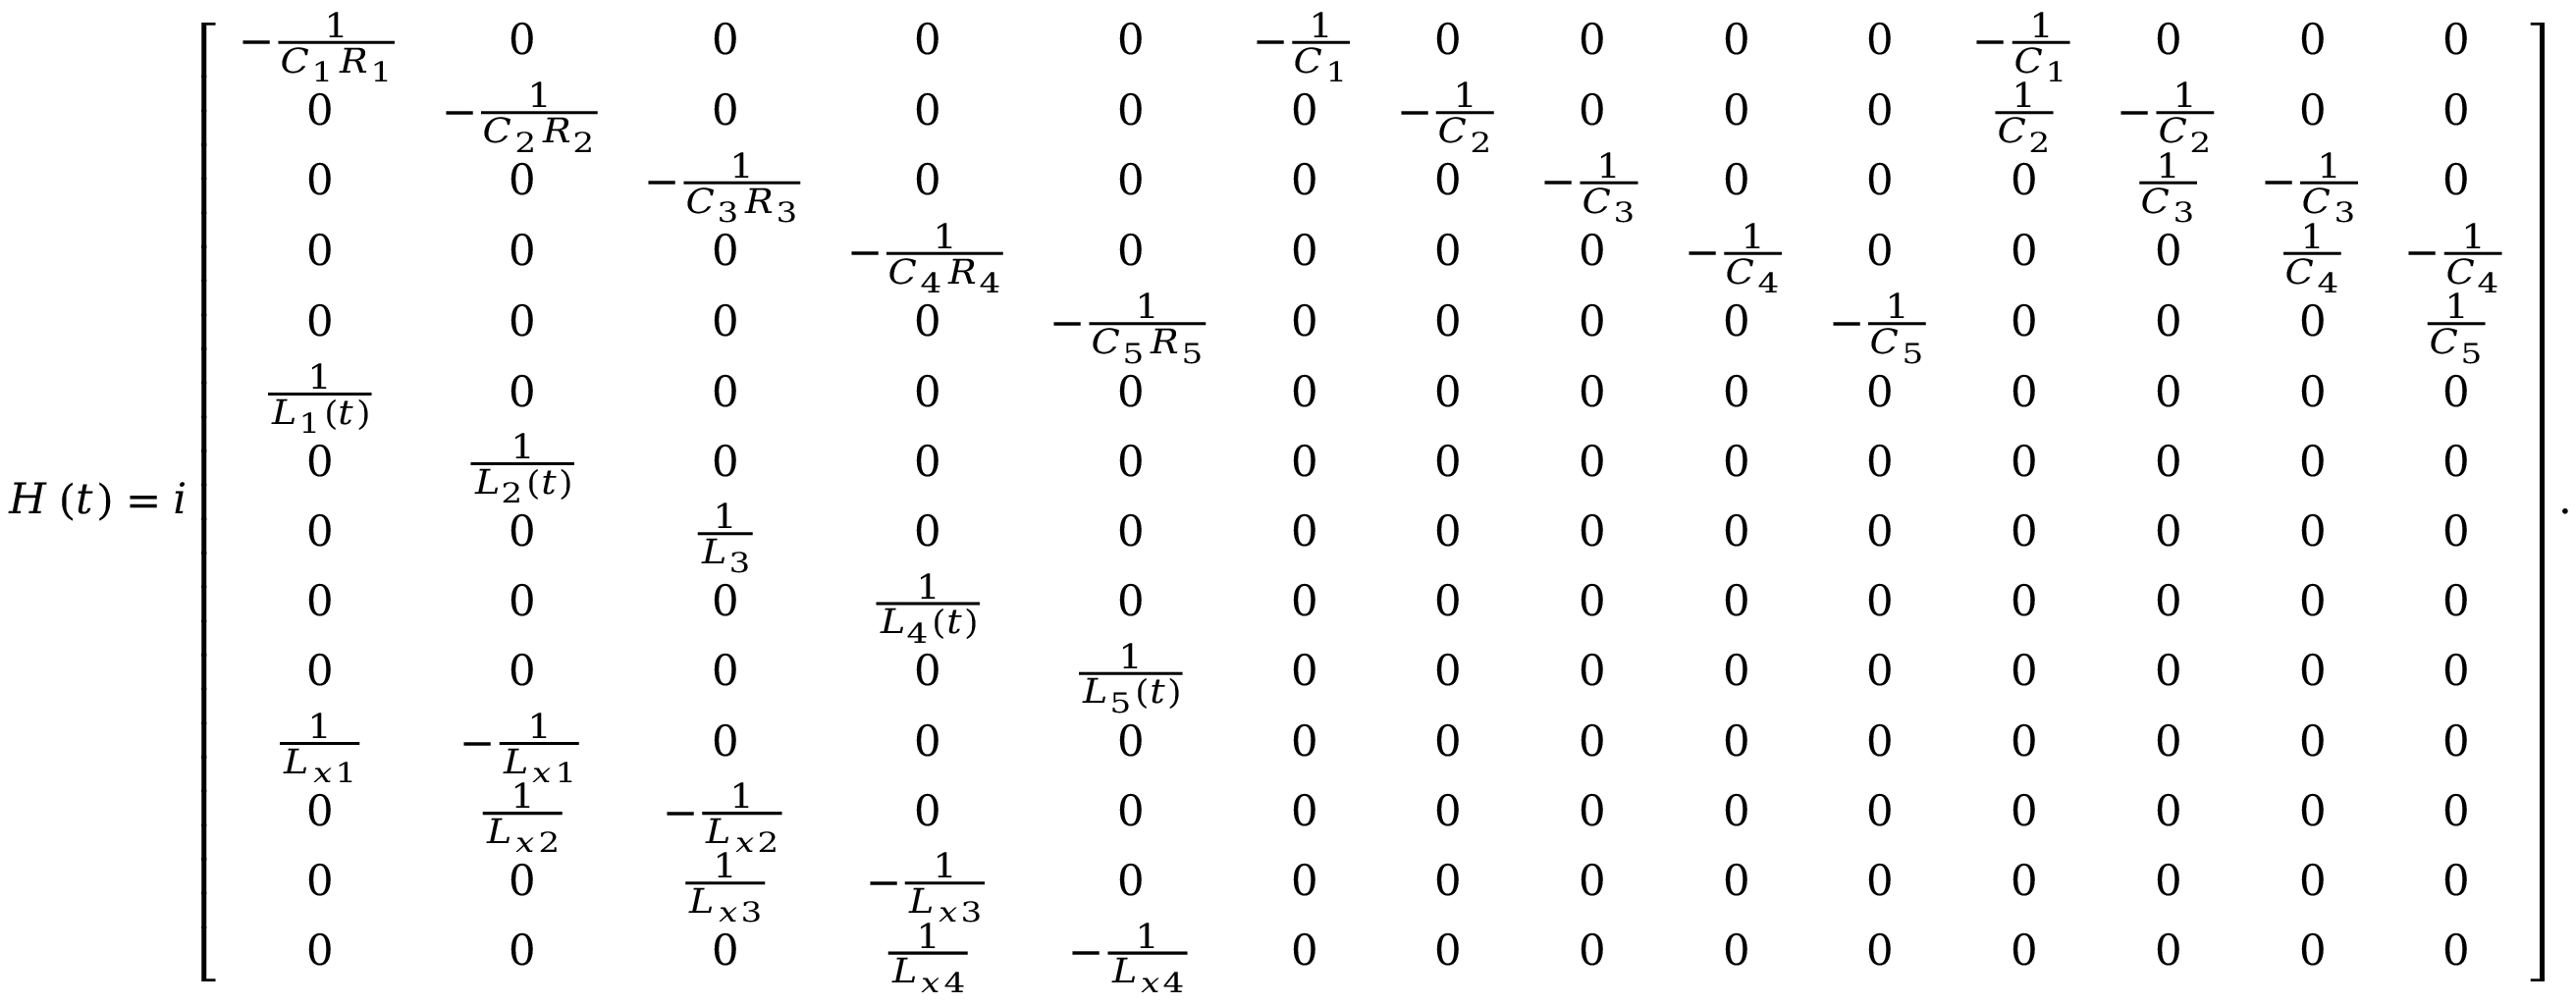
\begin{array} { r } { H \left( t \right) = i \left[ \begin{array} { c c c c c c c c c c c c c c } { - \frac { 1 } { C _ { 1 } R _ { 1 } } } & { 0 } & { 0 } & { 0 } & { 0 } & { - \frac { 1 } { C _ { 1 } } } & { 0 } & { 0 } & { 0 } & { 0 } & { - \frac { 1 } { C _ { 1 } } } & { 0 } & { 0 } & { 0 } \\ { 0 } & { - \frac { 1 } { C _ { 2 } R _ { 2 } } } & { 0 } & { 0 } & { 0 } & { 0 } & { - \frac { 1 } { C _ { 2 } } } & { 0 } & { 0 } & { 0 } & { \frac { 1 } { C _ { 2 } } } & { - \frac { 1 } { C _ { 2 } } } & { 0 } & { 0 } \\ { 0 } & { 0 } & { - \frac { 1 } { C _ { 3 } R _ { 3 } } } & { 0 } & { 0 } & { 0 } & { 0 } & { - \frac { 1 } { C _ { 3 } } } & { 0 } & { 0 } & { 0 } & { \frac { 1 } { C _ { 3 } } } & { - \frac { 1 } { C _ { 3 } } } & { 0 } \\ { 0 } & { 0 } & { 0 } & { - \frac { 1 } { C _ { 4 } R _ { 4 } } } & { 0 } & { 0 } & { 0 } & { 0 } & { - \frac { 1 } { C _ { 4 } } } & { 0 } & { 0 } & { 0 } & { \frac { 1 } { C _ { 4 } } } & { - \frac { 1 } { C _ { 4 } } } \\ { 0 } & { 0 } & { 0 } & { 0 } & { - \frac { 1 } { C _ { 5 } R _ { 5 } } } & { 0 } & { 0 } & { 0 } & { 0 } & { - \frac { 1 } { C _ { 5 } } } & { 0 } & { 0 } & { 0 } & { \frac { 1 } { C _ { 5 } } } \\ { \frac { 1 } { L _ { 1 } \left( t \right) } } & { 0 } & { 0 } & { 0 } & { 0 } & { 0 } & { 0 } & { 0 } & { 0 } & { 0 } & { 0 } & { 0 } & { 0 } & { 0 } \\ { 0 } & { \frac { 1 } { L _ { 2 } \left( t \right) } } & { 0 } & { 0 } & { 0 } & { 0 } & { 0 } & { 0 } & { 0 } & { 0 } & { 0 } & { 0 } & { 0 } & { 0 } \\ { 0 } & { 0 } & { \frac { 1 } { L _ { 3 } } } & { 0 } & { 0 } & { 0 } & { 0 } & { 0 } & { 0 } & { 0 } & { 0 } & { 0 } & { 0 } & { 0 } \\ { 0 } & { 0 } & { 0 } & { \frac { 1 } { L _ { 4 } \left( t \right) } } & { 0 } & { 0 } & { 0 } & { 0 } & { 0 } & { 0 } & { 0 } & { 0 } & { 0 } & { 0 } \\ { 0 } & { 0 } & { 0 } & { 0 } & { \frac { 1 } { L _ { 5 } \left( t \right) } } & { 0 } & { 0 } & { 0 } & { 0 } & { 0 } & { 0 } & { 0 } & { 0 } & { 0 } \\ { \frac { 1 } { L _ { x 1 } } } & { - \frac { 1 } { L _ { x 1 } } } & { 0 } & { 0 } & { 0 } & { 0 } & { 0 } & { 0 } & { 0 } & { 0 } & { 0 } & { 0 } & { 0 } & { 0 } \\ { 0 } & { \frac { 1 } { L _ { x 2 } } } & { - \frac { 1 } { L _ { x 2 } } } & { 0 } & { 0 } & { 0 } & { 0 } & { 0 } & { 0 } & { 0 } & { 0 } & { 0 } & { 0 } & { 0 } \\ { 0 } & { 0 } & { \frac { 1 } { L _ { x 3 } } } & { - \frac { 1 } { L _ { x 3 } } } & { 0 } & { 0 } & { 0 } & { 0 } & { 0 } & { 0 } & { 0 } & { 0 } & { 0 } & { 0 } \\ { 0 } & { 0 } & { 0 } & { \frac { 1 } { L _ { x 4 } } } & { - \frac { 1 } { L _ { x 4 } } } & { 0 } & { 0 } & { 0 } & { 0 } & { 0 } & { 0 } & { 0 } & { 0 } & { 0 } \end{array} \right] . } \end{array}